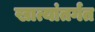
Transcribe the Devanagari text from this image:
खात्यांतर्गत